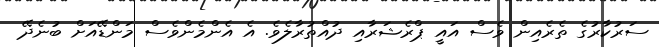
ސަރުކާރުގެ ތެރެއިން ވެސް އައީ ޕްރެޝަރާއި ދުއްތުރާލެވެ. އެ އެންމެންވެސް މަންޑޭއަށް ބުނެދޭ